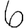
Digit: 6